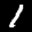
Label: 1